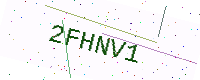
Text: 2FHNV1